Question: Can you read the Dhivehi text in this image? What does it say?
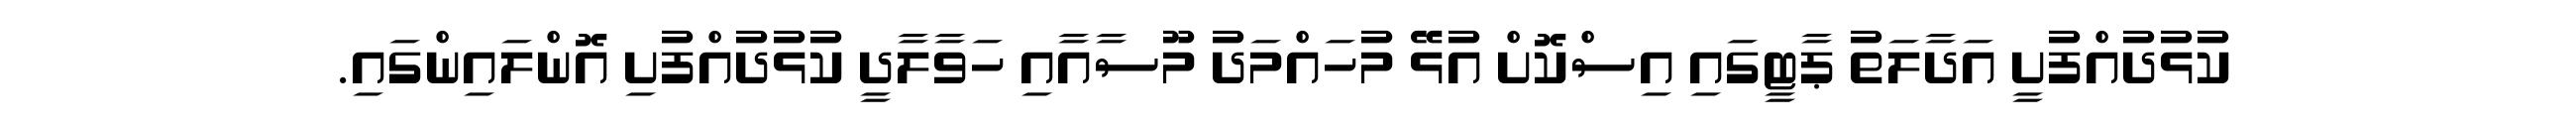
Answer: ކުޅުދުއްފުށީ އަދާލަތު ޕާޓީގައި އިސްކޮށް އުޅޭ މުހައްމަދު މޫސާއާއި ހަވާލާދީ ކުޅުދުއްފުށި އޮންލައިންގައި.